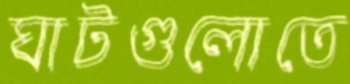
ঘাটগুলোতে